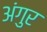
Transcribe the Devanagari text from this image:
अंगुर